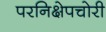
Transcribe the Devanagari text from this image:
परनिक्षेपचोरी